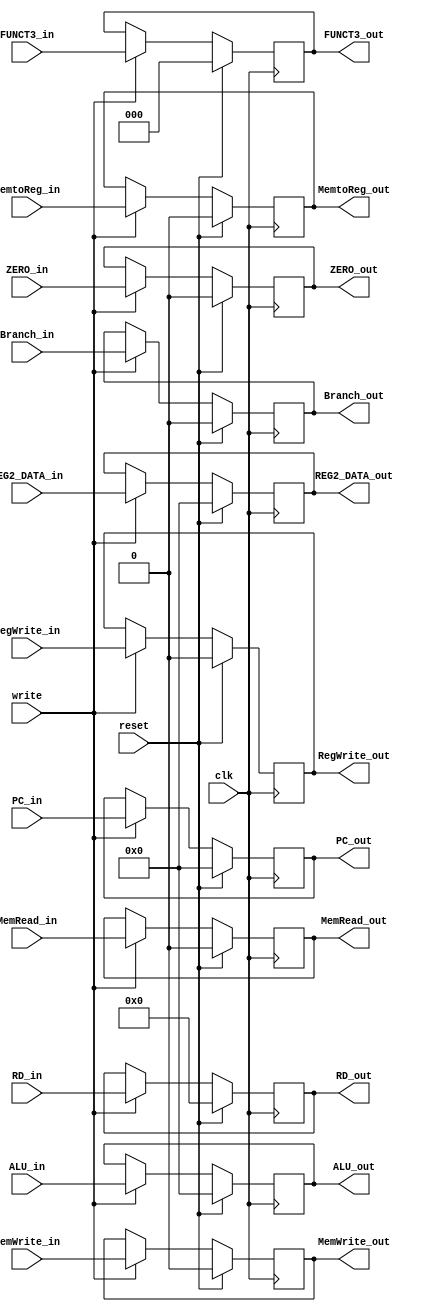
`timescale 1ns / 1ps
//////////////////////////////////////////////////////////////////////////////////
// Company: 
// Engineer: 
// 
// Design Name: 
// Module Name: EX_MEM_pipe
// Project Name: 
// Target Devices: 
// Tool Versions: 
// Description: 
// 
// Dependencies: 
// 
// Revision:
// Revision 0.01 - File Created
// Additional Comments:
// 
//////////////////////////////////////////////////////////////////////////////////


module EX_MEM_reg(input clk,
                   input reset,
                   input write,
              
                   input [4:0] RD_in,
                   input [31:0] REG2_DATA_in,
                   input [31:0] ALU_in,
                   input ZERO_in,
                   input [2:0] FUNCT3_in,
                   input [31:0] PC_in,
                   
                   // control
                   input RegWrite_in,
                   input MemtoReg_in,
                   input MemRead_in,
                   input MemWrite_in,
                   input Branch_in,
                   
                   output reg [4:0] RD_out,
                   output reg [31:0] REG2_DATA_out,
                   output reg [31:0] ALU_out,
                   output reg ZERO_out,
                   output reg [2:0] FUNCT3_out,
                   output reg [31:0] PC_out,
                   
                   // control
                   output reg RegWrite_out,
                   output reg MemtoReg_out,
                   output reg MemRead_out,
                   output reg MemWrite_out,
                   output reg Branch_out);
     
     always@(posedge clk) begin
        if (reset) begin
            RD_out <= 5'b0;
            REG2_DATA_out <= 32'b0;
            ALU_out <= 32'b0;
            ZERO_out <= 0;
            FUNCT3_out <= 3'b0;
            PC_out <= 32'b0;
        
             // control
             RegWrite_out <= 0;
             MemtoReg_out <= 0;
             MemRead_out <= 0;
             MemWrite_out <= 0;
             Branch_out <= 0;
        end 
        
        else begin 
           if (write) begin
             RD_out <= RD_in;
             REG2_DATA_out <= REG2_DATA_in;
             ALU_out <= ALU_in;
             ZERO_out <= ZERO_in;
             FUNCT3_out <= FUNCT3_in;
             PC_out <= PC_in;
           
             // control
             RegWrite_out <= RegWrite_in;
             MemtoReg_out <= MemtoReg_in;
             MemRead_out <= MemRead_in;
             MemWrite_out <= MemWrite_in;
             Branch_out <= Branch_in;
           end
        end 
     end         
     
endmodule